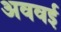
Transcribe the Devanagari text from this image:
अववई